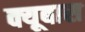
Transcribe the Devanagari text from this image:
क्यूबास